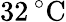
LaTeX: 32\, ^{\circ}\mathrm{C}